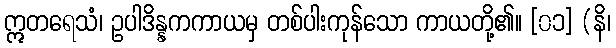
ဣတရေသံ၊ ဥပါဒိန္နကကာယမှ တစ်ပါးကုန်သော ကာယတို့၏။ [၀၁] (နိ၊